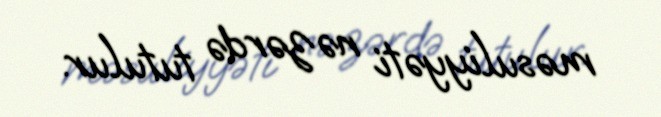
məsuliyyəti nəzərdə tutulur.